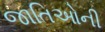
જાતિઓની